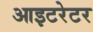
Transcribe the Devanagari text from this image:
आइटरेटर